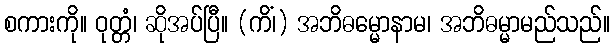
စကားကို။ ဝုတ္တံ၊ ဆိုအပ်ပြီ။ (ကိံ၊) အဘိဓမ္မောနာမ၊ အဘိဓမ္မာမည်သည်။